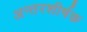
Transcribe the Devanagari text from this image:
अन्तरशीर्षक